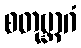
စတုဗ္ဘာဂံ